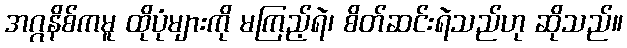
အဂ္ဂနိစ်ကမူ ထိုပုံများကို မကြည့်ရဲ၊ စိတ်ဆင်းရဲသည်ဟု ဆိုသည်။